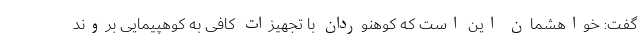
گفت: خواهشمان این است که کوهنوردان با تجهیزات کافی به کوهپیمایی بروند